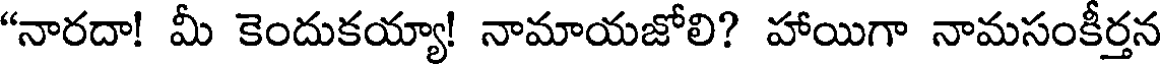
"నారదా! మీ కెందుకయ్యా! నామాయజోలి? హాయిగా నామసంకీర్తన